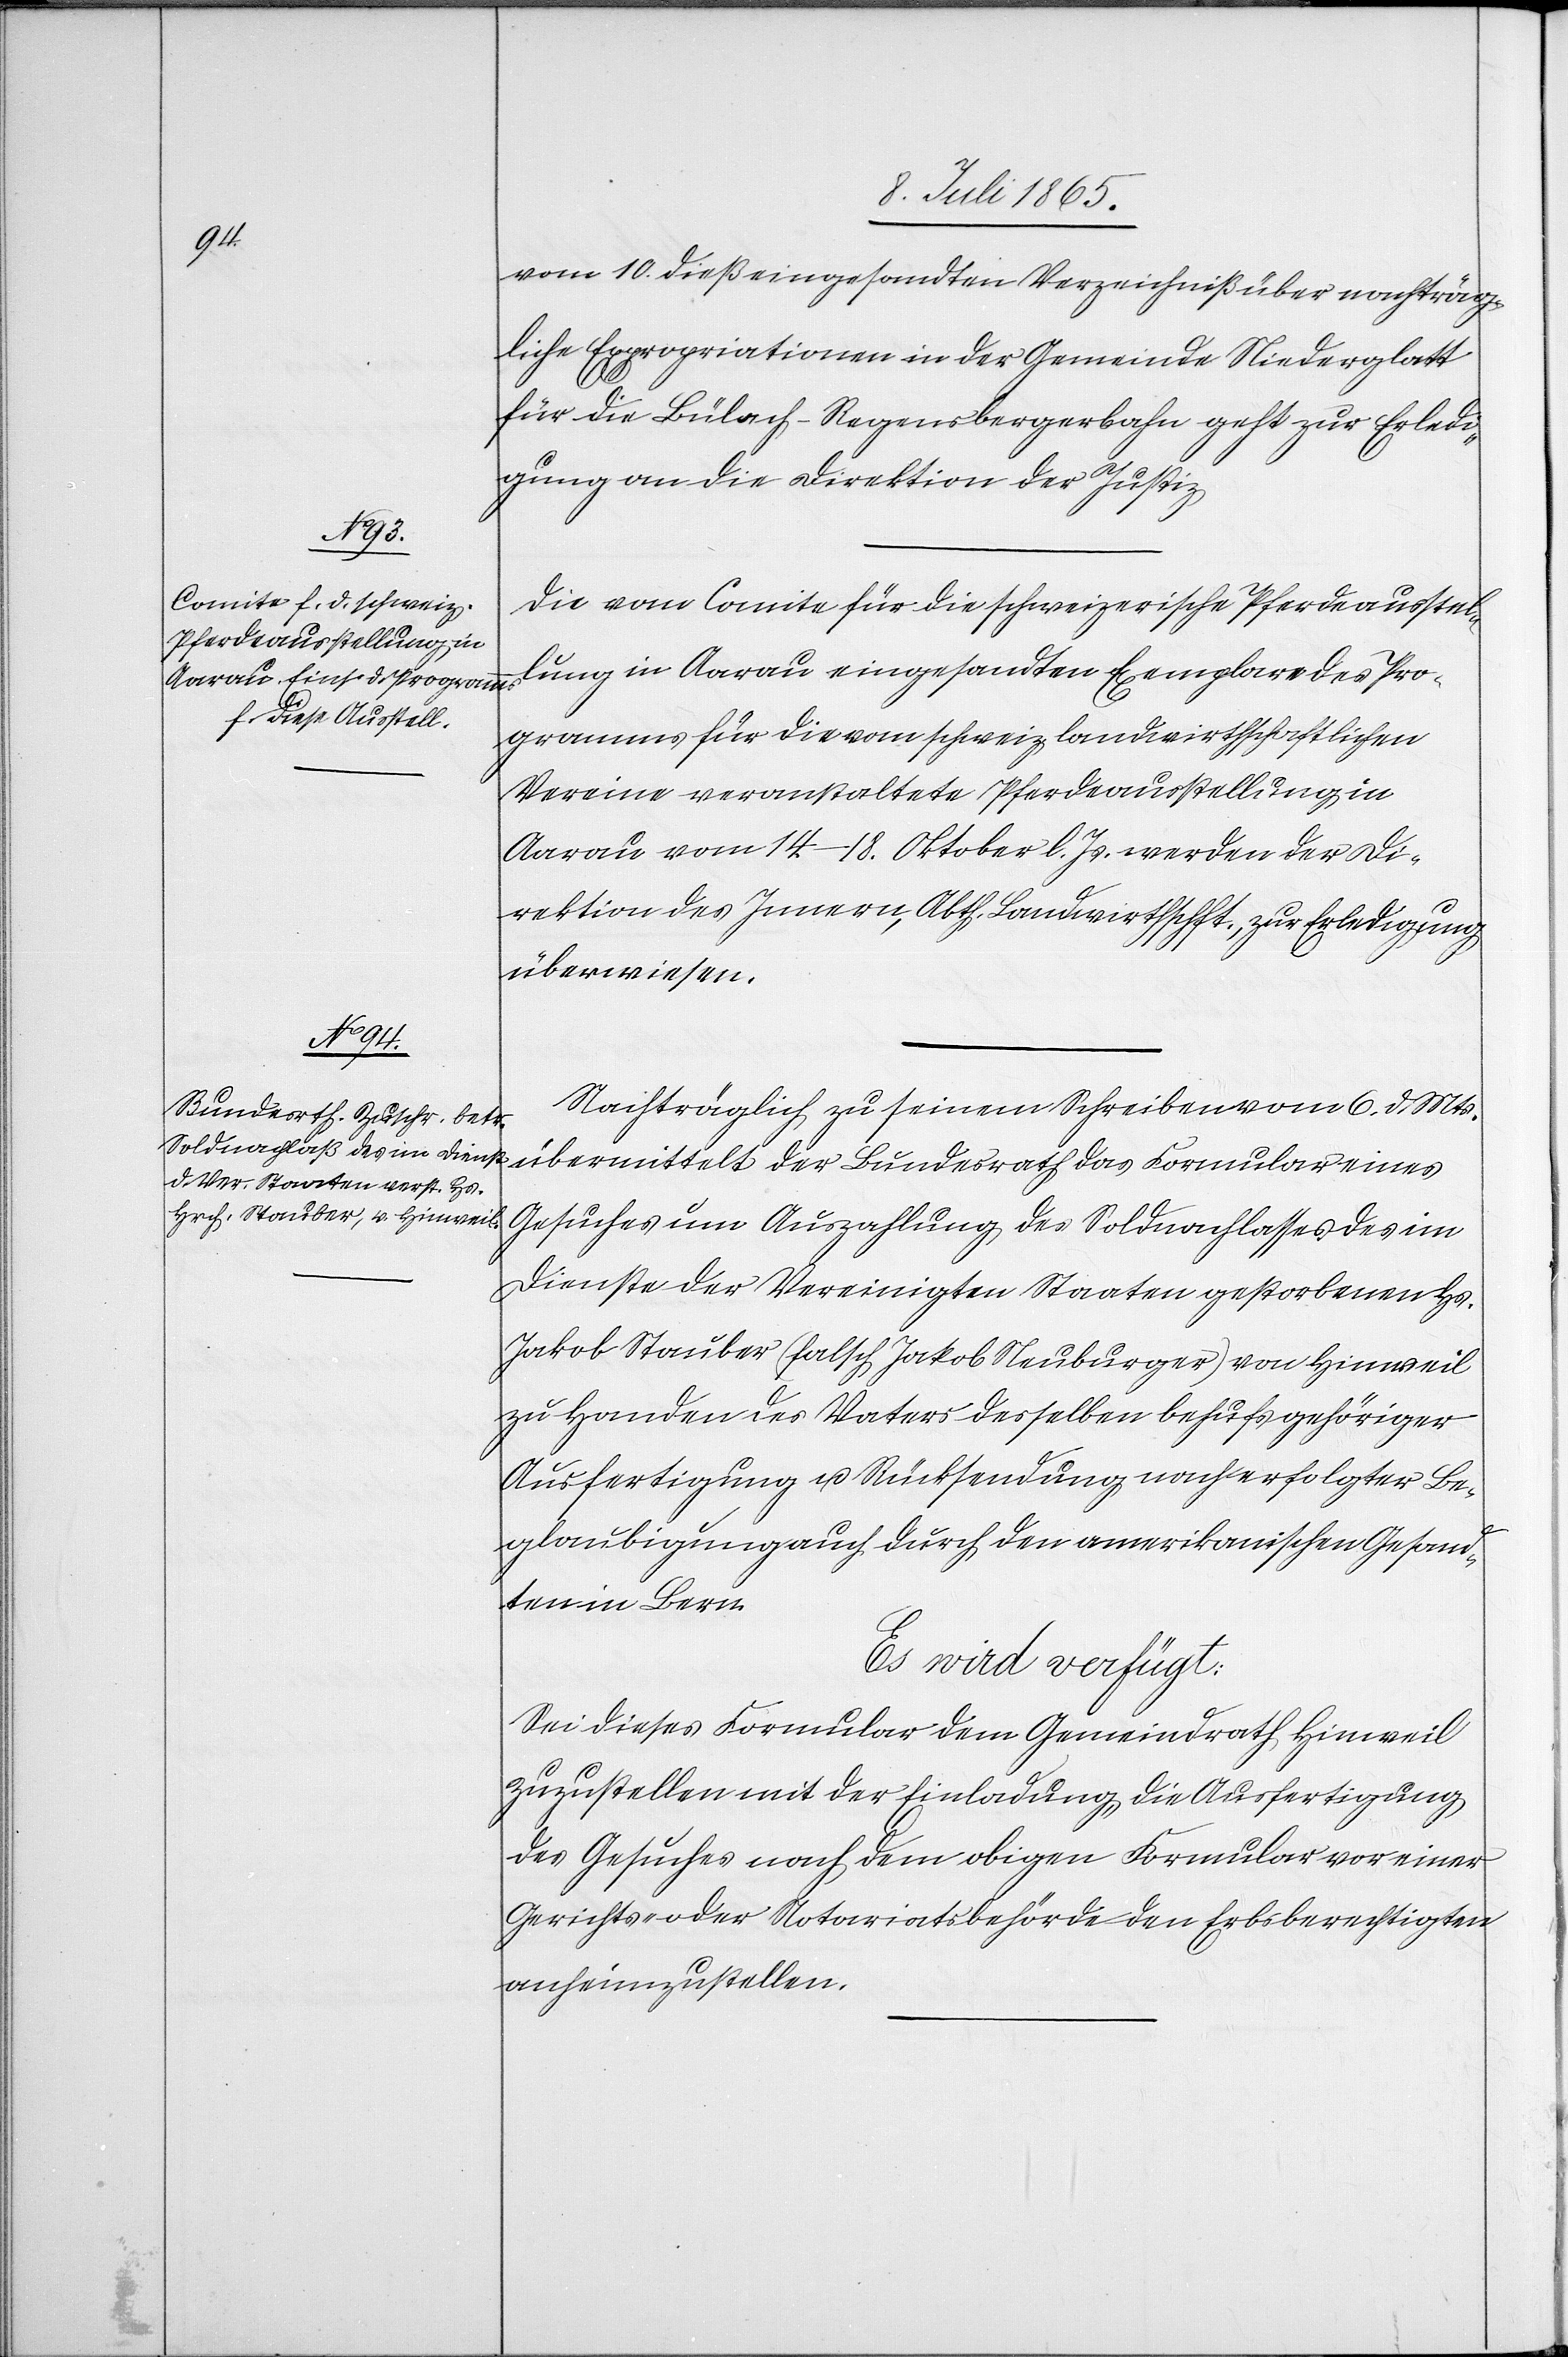
12. Juli 1865.]
vom 10. dieß eingesandten Verzeichniß über nachträg¬
liche Expropriationen in der Gemeinde Niederglatt
für die Bülach-Regensbergerbahn geht zur Erledi¬
gung an die Direktion der Justiz.
Die vom Comite für die schweizerische Pferdeausstel¬
lung in Aarau eingesandten Exemplare des Pro¬
gramms für die vom schweiz. landwirthschaftlichen
Vereine veranstaltetet Pferdeausstellung in
Aarau vom 14–18. Oktober l. Js. werden der Di¬
rektion des Innern, Abth. Landwirthschft., zur Erledigung
überwiesen.
Nachträglich zu seinem Schreiben vom 6. d. Mts.
übermittelt der Bundesrath das Formular eines
Gesuches um Auszahlung des Soldnachlasses des im
Dienste der Vereinigten Staaten gestorbenen Hs.
[sic!] Stauber (falsch Jakob Neuburger) von Hinweil
zu Handen des Vaters desselben behufs gehöriger
Ausfertigung u. Rücksendung nach erfolgter Be¬
glaubigung auch durch den amerikanischen Gesand¬
ten in Bern.
Es wird verfügt:
Sei dieses Formular dem Gemeindrath Hinweil
zuzustellen mit der Einladung die Ausfertigung
des Gesuches nach dem obigen Formular vor einer
Gerichts- oder Notariatsbehörde den Erbsberechtigten
anheimzustellen.